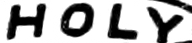
HOLY